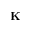
\mathbf { K }